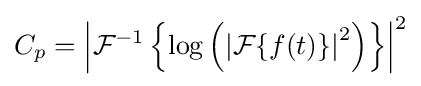
C_{p}=\left|{\mathcal {F}}^{-1}\left\{\log \left(\left|{\mathcal {F}}\{f(t)\}\right|^{2}\right)\right\}\right|^{2}